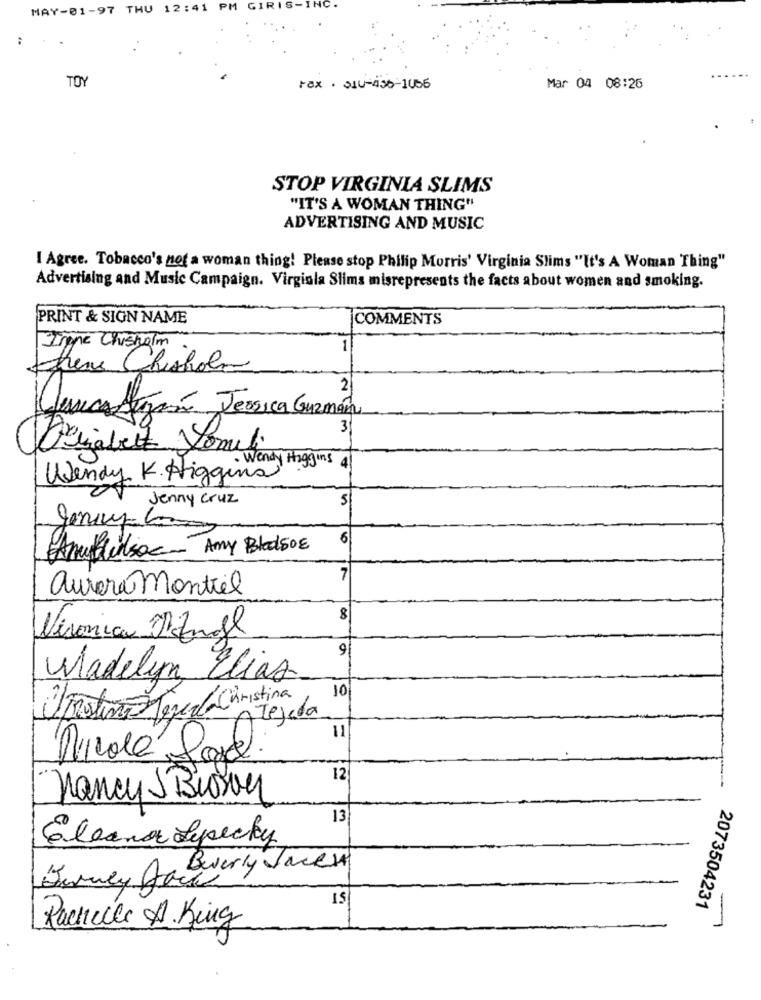
MAY-01-97 THU 12:41 PM GIRIS-INC.
:
TOY
Fax . 310-456-1056
Mar 04 08:25
STOP VIRGINIA SLIMS
"IT'S A WOMAN THING"
ADVERTISING AND MUSIC
I Agree. Tobacco's not a woman thing! Please stop Philip Morris' Virginia Slims "It's A Woman Thing"
Advertising and Music Campaign. Virginia Slims misrepresents the facts about women and smoking.
PRINT & SIGN NAME
COMMENTS
Ingre Chisholm
trene Chisholm
Descartazan Jessica Guzmán
3
Wendy K. Higginary Higgins
5
Jenny cruz
6
Amillisac- Amy Bledsoe
7
aurora Montiel
Veronica Ifmgl
Madelyn Elias
10
Bastino Terezla Christina
Tejada
11
Nicole Lora
12
Nancy J Biowy
13
Eleanor Sepecky
Jenney AaBeverly Jacek
15
2073504231
-
Rachelle A. King